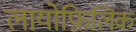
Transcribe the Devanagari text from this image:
लायोफ़िलिक